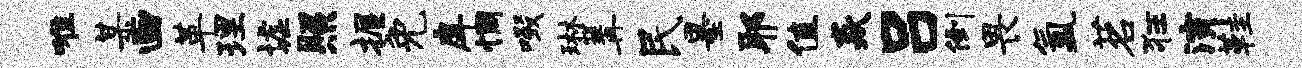
唯某画革理墟照握免戽惆啜琳篝民墨耶值焱吕倒畏氲茗狂演鞋